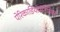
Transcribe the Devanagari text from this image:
पेरिकार्डियोसेंटेसिस